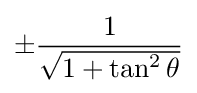
\pm {\frac {1}{\sqrt {1+\tan ^{2}\theta }}}